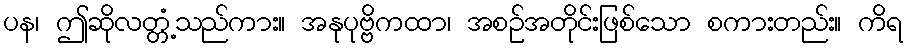
ပန၊ ဤဆိုလတ္တံ့သည်ကား။ အနုပုဗ္ဗိကထာ၊ အစဉ်အတိုင်းဖြစ်သော စကားတည်း။ ကိရ